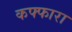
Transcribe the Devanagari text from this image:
कफ्फारा